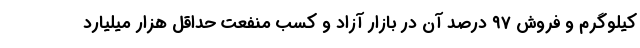
کیلوگرم و فروش ۹۷ درصد آن در بازار آزاد و کسب منفعت حداقل هزار میلیارد